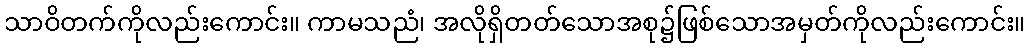
သာဝိတက်ကိုလည်းကောင်း။ ကာမသညံ၊ အလိုရှိတတ်သောအစု၌ဖြစ်သောအမှတ်ကိုလည်းကောင်း။